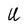
Character: U